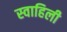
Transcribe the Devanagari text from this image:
स्‍वाहिली